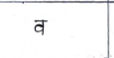
मजकूर: व